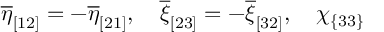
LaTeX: \overline { { { \eta } } } _ { [ 1 2 ] } = - \overline { { { \eta } } } _ { [ 2 1 ] } , \quad \overline { { { \xi } } } _ { [ 2 3 ] } = - \overline { { { \xi } } } _ { [ 3 2 ] } , \quad \chi _ { \{ 3 3 \} }